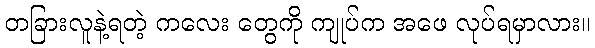
တခြားလူနဲ့ရတဲ့ ကလေး တွေကို ကျုပ်က အဖေ လုပ်ရမှာလား။